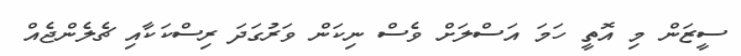
ސީޒަން މި އޮތީ ހަމަ އަސްލަށް ވެސް ނިކަން ވަރުގަދަ ރިސްކަކާއި ޗެލެންޖެއް